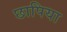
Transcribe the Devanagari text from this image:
छापिया